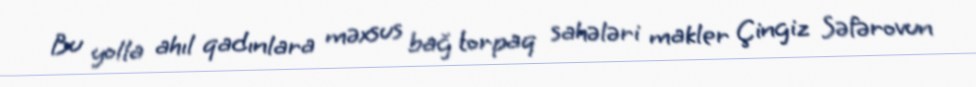
Bu yolla ahıl qadınlara məxsus bağ torpaq sahələri makler Çingiz Səfərovun